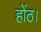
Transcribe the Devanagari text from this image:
होंठ।